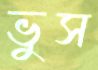
ভুস